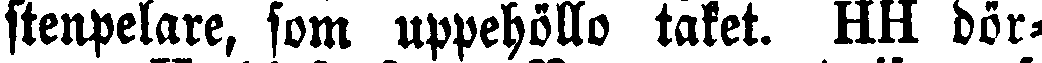
stenpelare, fom uppehöllo taket. HH dör-